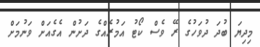
މިދިޔަ ބުދަ ދުވަހުގެ ރޭ ވެސް ކޯޓު އަމުރެއްގެ ދަށުން އެގެއަށް ވަނުމަށް